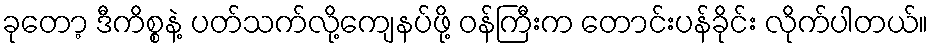
ခုတော့ ဒီကိစ္စနဲ့ ပတ်သက်လို့ကျေနပ်ဖို့ ဝန်ကြီးက တောင်းပန်ခိုင်း လိုက်ပါတယ်။